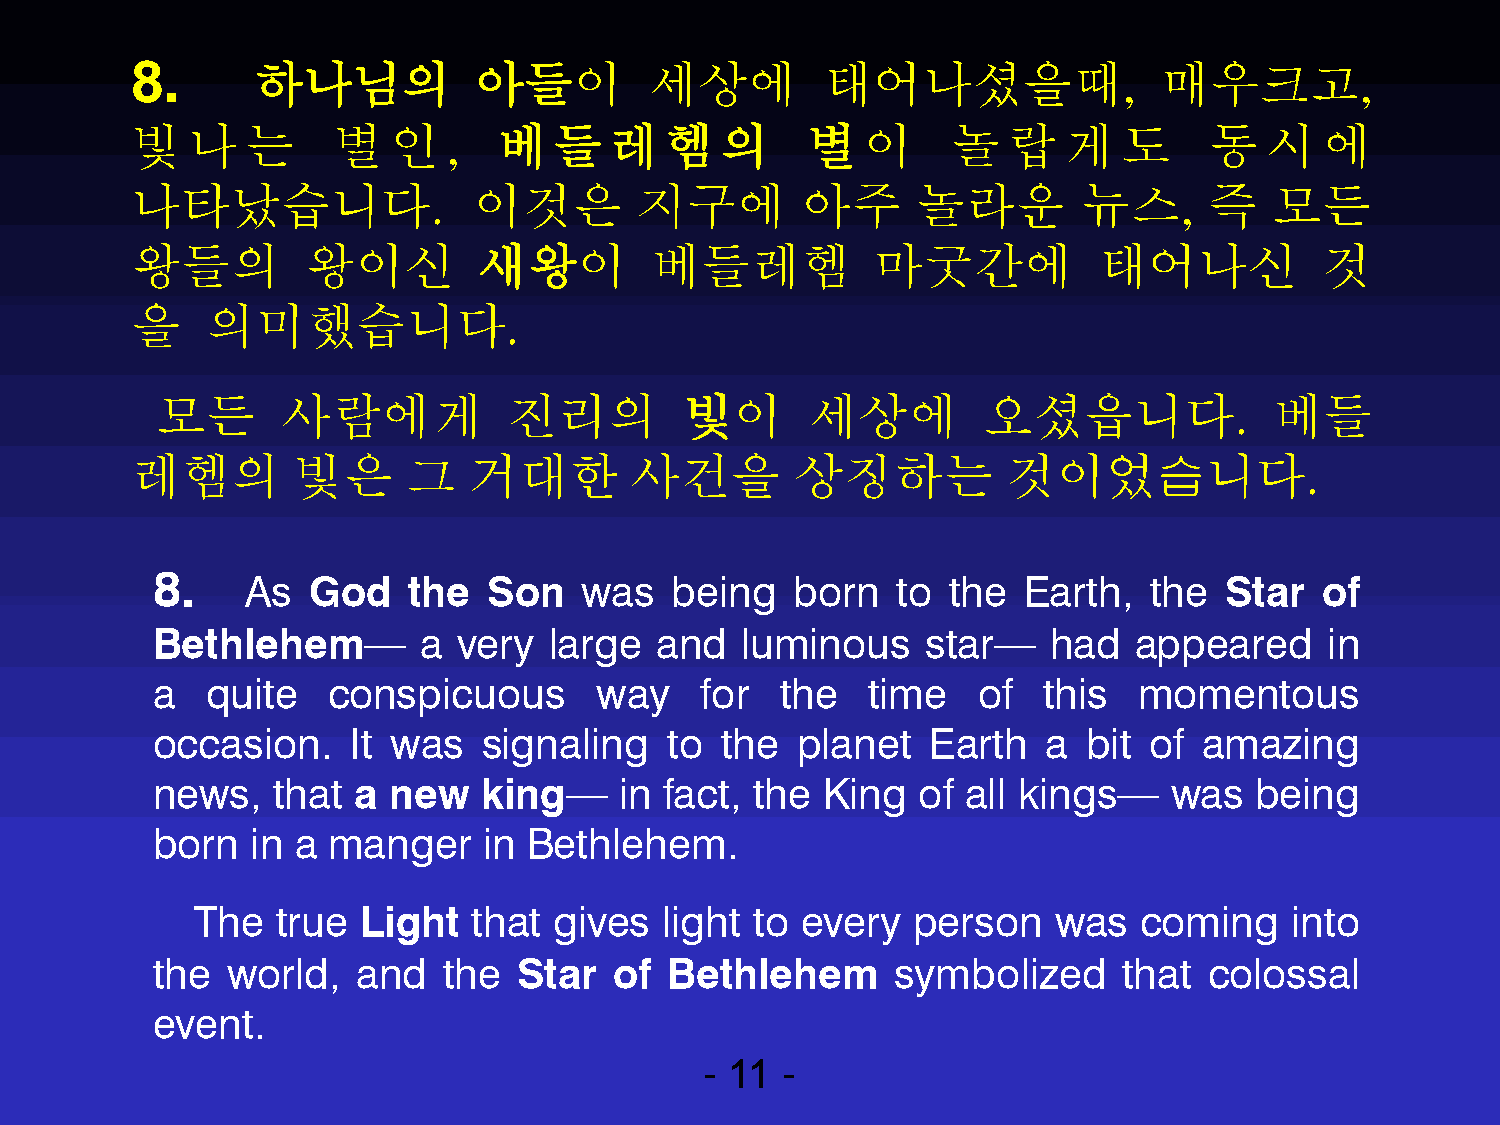
8.      하나님의          아들이         세상에        태어나셨을때,                매우크고,
 빛  나   는     별   인   ,  베들레헴의               별이        놀   랍  게   도     동   시   에
 나타났습니다.               이것은        지구에        아주      놀라운        뉴스,     즉   모든
 왕들의        왕이신         새왕이        베들레헴           마굿간에           태어나신           것
 을    의미했습니다.
 모든       사람에게           진리의        빛이       세상에        오셨읍니다.             베들
 레헴의       빛은      그   거대한        사건을        상징하는          것이었습니다.
 8.
 As  God    the  Son   was   being   born   to  the  Earth,  the  Star   of
 Bethlehem—        a very  large  and   luminous    star—    had  appeared     in
 a   quite   conspicuous      way    for   the  time    of  this  momentous
 occasion.    It was   signaling   to  the  planet   Earth  a  bit of  amazing
 news,   that a  new   king—    in fact, the King   of all kings—    was  being
 born   in a manger    in Bethlehem.
 The  true  Light  that  gives  light to every  person    was  coming    into
 the  world,   and  the  Star   of Bethlehem      symbolized     that  colossal
 event.
 - 11 -